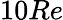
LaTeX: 10Re